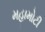
મહામોટી